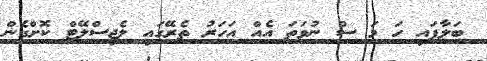
ބަލާފައި ހަ މަ ސް ނުވަތަ އެއް އަހަރު ތެރޭގައި ލެޖިސްލޭޓް ކޮށްގެން